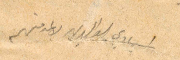
اسيادي الوالدين لا عز منهم